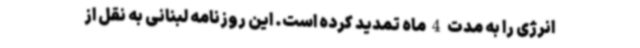
انرژی را به مدت 4 ماه تمدید کرده است. این روزنامه لبنانی به نقل از